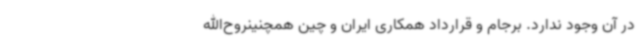
در آن وجود ندارد. برجام و قرارداد همکاری ایران و چین همچنینروح‌الله